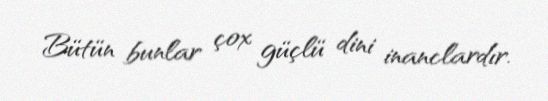
Bütün bunlar çox güçlü dini inanclardır.